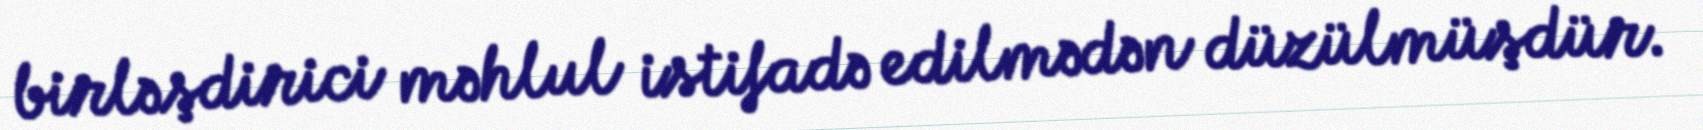
birləşdirici məhlul istifadə edilmədən düzülmüşdür.